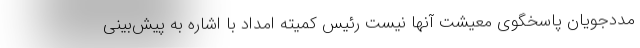
مددجویان پاسخگوی معیشت آنها نیست رئیس کمیته امداد با اشاره به پیش‌بینی